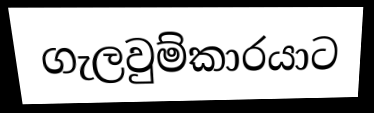
ගැලවුම්කාරයාට